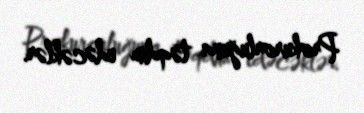
Prokurorluğuna təqdim edəcəklər.